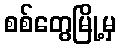
စစ်တွေမြို့မှ